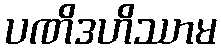
ပဏိဒဟိဿာမ